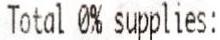
TOTAL 0% SUPPLIES: